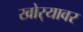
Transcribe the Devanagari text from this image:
खोर्‍यावर